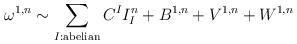
LaTeX: \begin{align*}\omega^{1,n}\sim \sum_{I:\mathrm{abelian}} C^I I^n_I+B^{1,n}+V^{1,n}+W^{1,n}\end{align*}